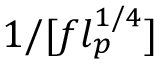
1 / [ f l _ { p } ^ { 1 / 4 } ]